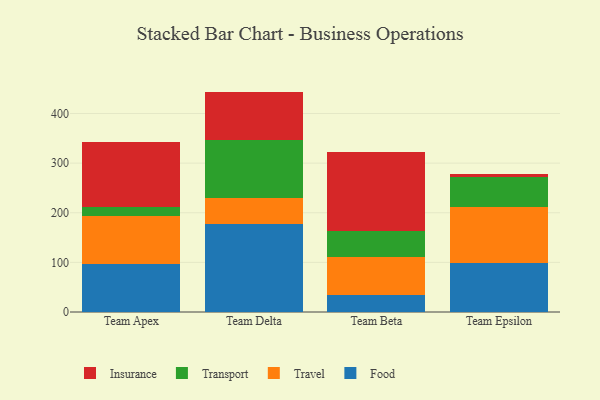
{"axis": {"x": "Team", "y": "Waste Production (Tons)"}, "legend": ["Food", "Insurance", "Transport", "Travel"], "data": [{"x": "Team Apex", "y": 96.1, "type": "Food"}, {"x": "Team Apex", "y": 98.3, "type": "Travel"}, {"x": "Team Apex", "y": 17.8, "type": "Transport"}, {"x": "Team Apex", "y": 131.1, "type": "Insurance"}, {"x": "Team Delta", "y": 176.8, "type": "Food"}, {"x": "Team Delta", "y": 53.1, "type": "Travel"}, {"x": "Team Delta", "y": 116.0, "type": "Transport"}, {"x": "Team Delta", "y": 98.2, "type": "Insurance"}, {"x": "Team Beta", "y": 33.9, "type": "Food"}, {"x": "Team Beta", "y": 77.4, "type": "Travel"}, {"x": "Team Beta", "y": 51.2, "type": "Transport"}, {"x": "Team Beta", "y": 159.0, "type": "Insurance"}, {"x": "Team Epsilon", "y": 98.6, "type": "Food"}, {"x": "Team Epsilon", "y": 113.6, "type": "Travel"}, {"x": "Team Epsilon", "y": 59.7, "type": "Transport"}, {"x": "Team Epsilon", "y": 6.1, "type": "Insurance"}]}